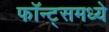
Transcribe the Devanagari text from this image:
फॉन्ट्‌समध्ये